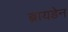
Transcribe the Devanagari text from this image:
ब्रायडेन